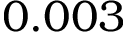
0 . 0 0 3